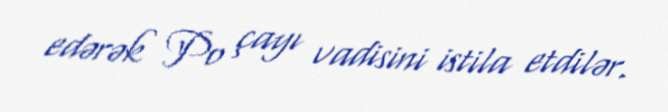
edərək Po çayı vadisini istila etdilər.